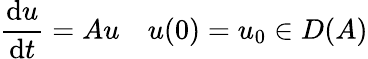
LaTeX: {\frac{\mathrm{d}u}{\mathrm{d}t}}=Au\quad u(0)=u_{0}\in D(A)